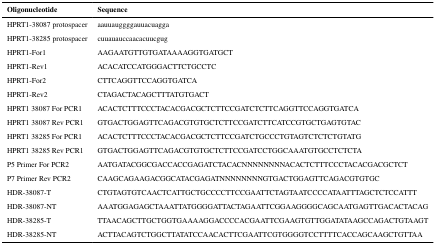
| Oligonucleotide | Sequence |
 | --- | --- |
 | HPRT1-38087 protospacer | aauuauggggauuacuagga |
 | HPRT1-38285 protospacer | cuuauauccaacacuucgug |
 | HPRT1-For1 | AAGAATGTTGTGATAAAAGGTGATGCT |
 | HPRT1-Rev1 | ACACATCCATGGGACTTCTGCCTC |
 | HPRT1-For2 | CTTCAGGTTCCAGGTGATCA |
 | HPRT1-Rev2 | CTAGACTACAGCTTTATGTGACT |
 | HPRT1 38087 For PCR1 | ACACTCTTTCCCTACACGACGCTCTTCCGATCTCTTCAGGTTCCAGGTGATCA |
 | HPRT1 38087 Rev PCR1 | GTGACTGGAGTTCAGACGTGTGCTCTTCCGATCTTCATCCGTGCTGAGTGTAC |
 | HPRT1 38285 For PCR1 | ACACTCTTTCCCTACACGACGCTCTTCCGATCTGCCCTGTAGTCTCTCTGTATG |
 | HPRT1 38285 Rev PCR1 | GTGACTGGAGTTCAGACGTGTGCTCTTCCGATCCTGGCAAATGTGCCTCTCTA |
 | P5 Primer For PCR2 | AATGATACGGCGACCACCGAGATCTACACNNNNNNNNACACTCTTTCCCTACACGACGCTCT |
 | P7 Primer Rev PCR2 | CAAGCAGAAGACGGCATACGAGATNNNNNNNNGTGACTGGAGTTCAGACGTGTGC |
 | HDR-38087-T | CTGTAGTGTCAACTCATTGCTGCCCCTTCCGAATTCTAGTAATCCCCATAATTTAGCTCTCCATTT |
 | HDR-38087-NT | AAATGGAGAGCTAAATTATGGGGATTACTAGAATTCGGAAGGGGCAGCAATGAGTTGACACTACAG |
 | HDR-38285-T | TTAACAGCTTGCTGGTGAAAAGGACCCCACGAATTCGAAGTGTTGGATATAAGCCAGACTGTAAGT |
 | HDR-38285-NT | ACTTACAGTCTGGCTTATATCCAACACTTCGAATTCGTGGGGTCCTTTTCACCAGCAAGCTGTTAA |